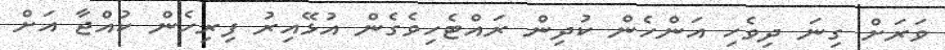
ވަރަށް ގިނަ ދިވެހި އަންހެން ކުދިން ރައްޓެހިވެގެން އުޅޭއިރު ފިރިހެން ކުއްޖާ އަށް